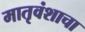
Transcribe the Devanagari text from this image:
मातृवंशाचा